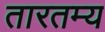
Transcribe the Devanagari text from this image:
तारतम्‍य